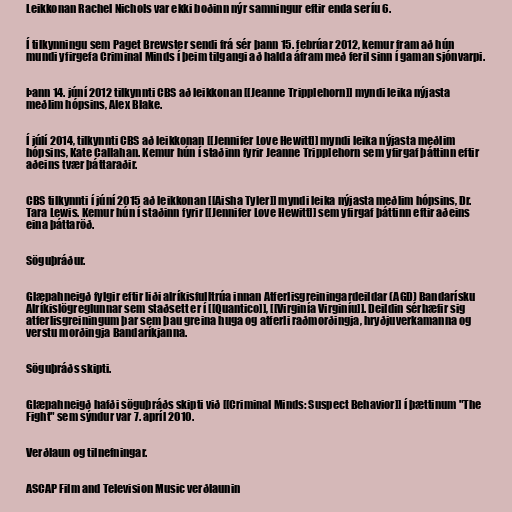
Leikkonan Rachel Nichols var ekki boðinn nýr samningur eftir enda seríu 6.

Í tilkynningu sem Paget Brewster sendi frá sér þann 15. febrúar 2012, kemur fram að hún
mundi yfirgefa Criminal Minds í þeim tilgangi að halda áfram með feril sinn í gaman sjónvarpi.

Þann 14. júní 2012 tilkynnti CBS að leikkonan [[Jeanne Tripplehorn]] myndi leika nýjasta
meðlim hópsins, Alex Blake.

Í júlí 2014, tilkynnti CBS að leikkonan [[Jennifer Love Hewitt]] myndi leika nýjasta meðlim
hópsins, Kate Callahan. Kemur hún í staðinn fyrir Jeanne Tripplehorn sem yfirgaf þáttinn eftir
aðeins tvær þáttaraðir.

CBS tilkynnti í júní 2015 að leikkonan [[Aisha Tyler]] myndi leika nýjasta meðlim hópsins, Dr.
Tara Lewis. Kemur hún í staðinn fyrir [[Jennifer Love Hewitt]] sem yfirgaf þáttinn eftir aðeins
eina þáttaröð.

Söguþráður.

Glæpahneigð fylgir eftir liði alríkisfulltrúa innan Atferlisgreiningardeildar (AGD) Bandarísku
Alríkislögreglunnar sem staðsett er í [[Quantico]], [[Virginía Virginíu]]. Deildin sérhæfir sig
atferlisgreiningum þar sem þau greina huga og atferli raðmorðingja, hryðjuverkamanna og
verstu morðingja Bandaríkjanna.

Söguþráðs skipti.

Glæpahneigð hafði söguþráðs skipti við [[Criminal Minds: Suspect Behavior]] í þættinum "The
Fight" sem sýndur var 7. apríl 2010.

Verðlaun og tilnefningar.

ASCAP Film and Television Music verðlaunin